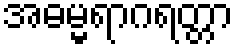
အဓမ္မရာဂရတ္တာ